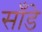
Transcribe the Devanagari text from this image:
साँडे